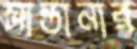
সান্তানার